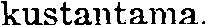
kustantama.